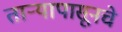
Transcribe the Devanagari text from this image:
ताऱ्यापासूनचे